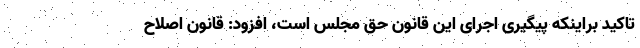
تاکید براینکه پیگیری اجرای این قانون حق مجلس است، افزود: قانون اصلاح